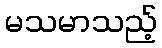
မသမာသည့်